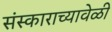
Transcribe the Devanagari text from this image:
संस्काराच्यावेळी